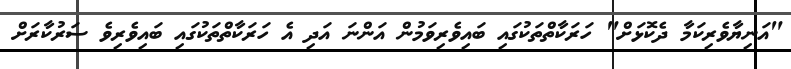
"އަނިޔާވެރިކަމާ ދެކޮޅަށް" ހަރަކާތްތަކުގައި ބައިވެރިވަމުން އަންނަ އަދި އެ ހަރަކާތްތަކުގައި ބައިވެރިވެ ސަރުކާރަށް